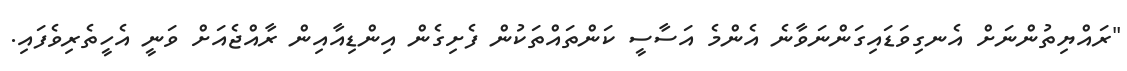
"ރައްޔިތުންނަށް އެނގިވަޑައިގަންނަވާނެ އެންމެ އަސާސީ ކަންތައްތަކުން ފެށިގެން އިންޑިއާއިން ރާއްޖެއަށް ވަނީ އެހީތެރިވެފައި.